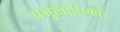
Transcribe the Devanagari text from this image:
प्रभुत्वाधिकार